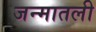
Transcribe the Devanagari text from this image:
जन्मातली